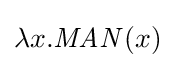
\lambda x.{\mathit {MAN}}(x)